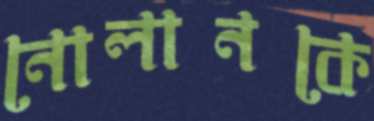
নোলানকে